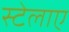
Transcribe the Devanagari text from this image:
स्टेलाए